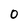
Character: 0